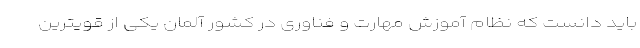
باید دانست که نظام آموزش مهارت و فناوری در کشور آلمان یکی از قویترین